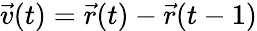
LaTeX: \vec{v}(t)=\vec{r}(t)-\vec{r}(t-1)